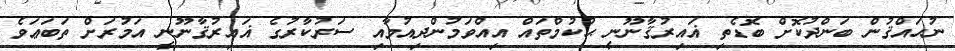
ނުޙައްޤުން ބަންދުކޮށް ބޮޑެތި ޣައިރުޤާނޫނީ ޙުކުމްތައް އިއްވަމުންދިއުމާއި ސަރުކާރުގެ ޣައިރުޤާނޫނީ އަމުރަށް ތަބަޢަވެ